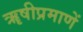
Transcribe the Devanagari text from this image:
ॠषीप्रमाणें